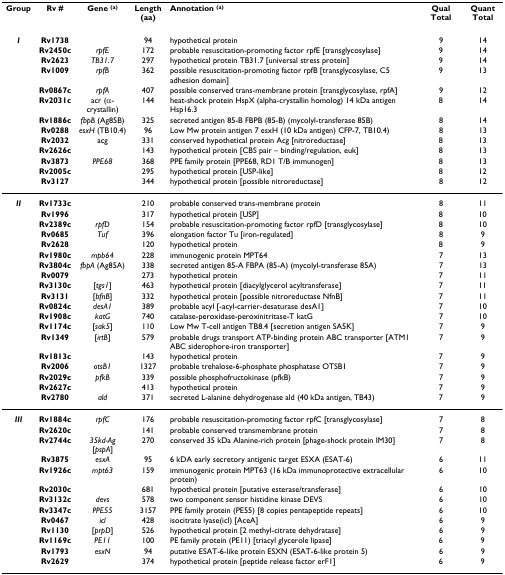
<table><thead><tr><td><b>Group</b></td><td><b>Rv #</b></td><td><b>Gene <sup>(a)</sup></b></td><td><b>Length (aa)</b></td><td><b>Annotation <sup>(a)</sup></b></td><td><b>Qual Total</b></td><td><b>Quant Total</b></td></tr></thead><tbody><tr><td><b><i>I</i></b></td><td><b>Rv1738</b></td><td></td><td>94</td><td>hypothetical protein</td><td>9</td><td>14</td></tr><tr><td></td><td><b>Rv2450c</b></td><td><i>rpfE</i></td><td>172</td><td>probable resuscitation-promoting factor rpfE [transglycosylase]</td><td>9</td><td>14</td></tr><tr><td></td><td><b>Rv2623</b></td><td><i>TB31.7</i></td><td>297</td><td>hypothetical protein TB31.7 [universal stress protein]</td><td>9</td><td>14</td></tr><tr><td></td><td><b>Rv1009</b></td><td><i>rpfB</i></td><td>362</td><td>possible resuscitation-promoting factor rpfB [transglycosylase, C5 adhesion domain]</td><td>9</td><td>13</td></tr><tr><td></td><td><b>Rv0867c</b></td><td><i>rpfA</i></td><td>407</td><td>possible conserved trans-membrane protein [transglycosylase, rpfA]</td><td>9</td><td>12</td></tr><tr><td></td><td><b>Rv2031c</b></td><td>acr (α-crystallin)</td><td>144</td><td>heat-shock protein HspX (alpha-crystallin homolog) 14 kDa antigen Hsp16.3</td><td>8</td><td>14</td></tr><tr><td></td><td><b>Rv1886c</b></td><td><i>fbpB </i>(Ag85B)</td><td>325</td><td>secreted antigen 85-B FBPB (85-B) (mycolyl-transferase 85B)</td><td>8</td><td>14</td></tr><tr><td></td><td><b>Rv0288</b></td><td><i>esxH </i>(TB10.4)</td><td>96</td><td>Low Mw protein antigen 7 esxH (10 kDa antigen) CFP-7, TB10.4)</td><td>8</td><td>13</td></tr><tr><td></td><td><b>Rv2032</b></td><td>acg</td><td>331</td><td>conserved hypothetical protein Acg [nitroreductase]</td><td>8</td><td>13</td></tr><tr><td></td><td><b>Rv2626c</b></td><td></td><td>143</td><td>hypothetical protein [CBS pair – binding/regulation, euk]</td><td>8</td><td>13</td></tr><tr><td></td><td><b>Rv3873</b></td><td><i>PPE68</i></td><td>368</td><td>PPE family protein [PPE68, RD1 T/B immunogen]</td><td>8</td><td>13</td></tr><tr><td></td><td><b>Rv2005c</b></td><td></td><td>295</td><td>hypothetical protein [USP-like]</td><td>8</td><td>12</td></tr><tr><td></td><td><b>Rv3127</b></td><td></td><td>344</td><td>hypothetical protein [possible nitroreductase]</td><td>8</td><td>12</td></tr><tr><td><b><i>II</i></b></td><td><b>Rv1733c</b></td><td></td><td>210</td><td>probable conserved trans-membrane protein</td><td>8</td><td>11</td></tr><tr><td></td><td><b>Rv1996</b></td><td></td><td>317</td><td>hypothetical protein [USP]</td><td>8</td><td>10</td></tr><tr><td></td><td><b>Rv2389c</b></td><td><i>rpfD</i></td><td>154</td><td>probable resuscitation-promoting factor rpfD [transglycosylase]</td><td>8</td><td>10</td></tr><tr><td></td><td><b>Rv0685</b></td><td><i>Tuf</i></td><td>396</td><td>elongation factor Tu [iron-regulated]</td><td>8</td><td>9</td></tr><tr><td></td><td><b>Rv2628</b></td><td></td><td>120</td><td>hypothetical protein</td><td>8</td><td>9</td></tr><tr><td></td><td><b>Rv1980c</b></td><td><i>mpb64</i></td><td>228</td><td>immunogenic protein MPT64</td><td>7</td><td>13</td></tr><tr><td></td><td><b>Rv3804c</b></td><td><i>fbpA </i>(Ag85A)</td><td>338</td><td>secreted antigen 85-A FBPA (85-A) (mycolyl-transferase 85A)</td><td>7</td><td>13</td></tr><tr><td></td><td><b>Rv0079</b></td><td></td><td>273</td><td>hypothetical protein</td><td>7</td><td>11</td></tr><tr><td></td><td><b>Rv3130c</b></td><td>[<i>tgs1</i>]</td><td>463</td><td>hypothetical protein [diacylglycerol acyltransferase]</td><td>7</td><td>11</td></tr><tr><td></td><td><b>Rv3131</b></td><td>[<i>bfnB</i>]</td><td>332</td><td>hypothetical protein [possible nitroreductase NfnB]</td><td>7</td><td>11</td></tr><tr><td></td><td><b>Rv0824c</b></td><td><i>desA1</i></td><td>389</td><td>probable acyl [-acyl-carrier-desaturase desA1]</td><td>7</td><td>10</td></tr><tr><td></td><td><b>Rv1908c</b></td><td><i>katG</i></td><td>740</td><td>catalase-peroxidase-peroxinitritase-T katG</td><td>7</td><td>10</td></tr><tr><td></td><td><b>Rv1174c</b></td><td>[<i>sak5</i>]</td><td>110</td><td>Low Mw T-cell antigen TB8.4 [secretion antigen SA5K]</td><td>7</td><td>9</td></tr><tr><td></td><td><b>Rv1349</b></td><td>[<i>irtB</i>]</td><td>579</td><td>probable drugs transport ATP-binding protein ABC transporter [ATM1 ABC siderophore-iron transporter]</td><td>7</td><td>9</td></tr><tr><td></td><td><b>Rv1813c</b></td><td></td><td>143</td><td>hypothetical protein</td><td>7</td><td>9</td></tr><tr><td></td><td><b>Rv2006</b></td><td><i>otsB1</i></td><td>1327</td><td>probable trehalose-6-phosphate phosphatase OTSB1</td><td>7</td><td>9</td></tr><tr><td></td><td><b>Rv2029c</b></td><td><i>pfkB</i></td><td>339</td><td>possible phosphofructokinase (pfkB)</td><td>7</td><td>9</td></tr><tr><td></td><td><b>Rv2627c</b></td><td></td><td>413</td><td>hypothetical protein</td><td>7</td><td>9</td></tr><tr><td></td><td><b>Rv2780</b></td><td><i>ald</i></td><td>371</td><td>secreted L-alanine dehydrogenase ald (40 kDa antigen, TB43)</td><td>7</td><td>9</td></tr><tr><td><b><i>III</i></b></td><td><b>Rv1884c</b></td><td><i>rpfC</i></td><td>176</td><td>probable resuscitation-promoting factor rpfC [transglycosylase]</td><td>7</td><td>8</td></tr><tr><td></td><td><b>Rv2620c</b></td><td></td><td>141</td><td>probable conserved transmembrane protein</td><td>7</td><td>8</td></tr><tr><td></td><td><b>Rv2744c</b></td><td><i>35kd-Ag</i> [<i>pspA</i>]</td><td>270</td><td>conserved 35 kDa Alanine-rich protein [phage-shock protein IM30]</td><td>7</td><td>8</td></tr><tr><td></td><td><b>Rv3875</b></td><td><i>esxA</i></td><td>95</td><td>6 kDA early secretory antigenic target ESXA (ESAT-6)</td><td>6</td><td>11</td></tr><tr><td></td><td><b>Rv1926c</b></td><td><i>mpt63</i></td><td>159</td><td>immunogenic protein MPT63 (16 kDa immunoprotective extracellular protein)</td><td>6</td><td>10</td></tr><tr><td></td><td><b>Rv2030c</b></td><td></td><td>681</td><td>hypothetical protein [putative esterase/transferase]</td><td>6</td><td>10</td></tr><tr><td></td><td><b>Rv3132c</b></td><td><i>devs</i></td><td>578</td><td>two component sensor histidine kinase DEVS</td><td>6</td><td>10</td></tr><tr><td></td><td><b>Rv3347c</b></td><td><i>PPE55</i></td><td>3157</td><td>PPE family protein (PE55) [8 copies pentapeptide repeats]</td><td>6</td><td>10</td></tr><tr><td></td><td><b>Rv0467</b></td><td><i>icl</i></td><td>428</td><td>isocitrate lyase(icl) [AceA]</td><td>6</td><td>9</td></tr><tr><td></td><td><b>Rv1130</b></td><td>[<i>prpD</i>]</td><td>526</td><td>hypothetical protein [2 methyl-citrate dehydratase]</td><td>6</td><td>9</td></tr><tr><td></td><td><b>Rv1169c</b></td><td><i>PE11</i></td><td>100</td><td>PE family protein (PE11) [triacyl glycerole lipase]</td><td>6</td><td>9</td></tr><tr><td></td><td><b>Rv1793</b></td><td><i>esxN</i></td><td>94</td><td>putative ESAT-6-like protein ESXN (ESAT-6-like protein 5)</td><td>6</td><td>9</td></tr><tr><td></td><td><b>Rv2629</b></td><td></td><td>374</td><td>hypothetical protein [peptide release factor erF1]</td><td>6</td><td>9</td></tr></tbody></table>